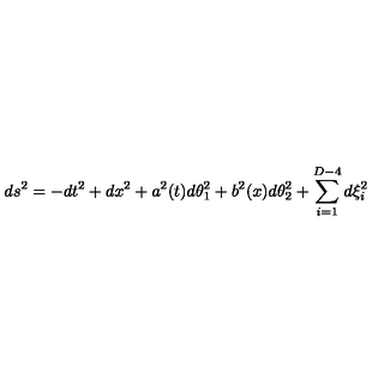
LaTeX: d s ^ { 2 } = - d t ^ { 2 } + d x ^ { 2 } + a ^ { 2 } ( t ) d \theta _ { 1 } ^ { 2 } + b ^ { 2 } ( x ) d \theta _ { 2 } ^ { 2 } + \sum _ { i = 1 } ^ { D - 4 } d \xi _ { i } ^ { 2 }